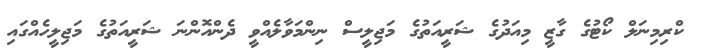
ކްރިމިނަލް ކޯޓުގެ ގާޒީ މިއަދުގެ ޝަރީއަތުގެ މަޖިލީސް ނިންމަވާލެއްވީ ދެންއޮންނަ ޝަރީއަތުގެ މަޖިލީހެއްގައި